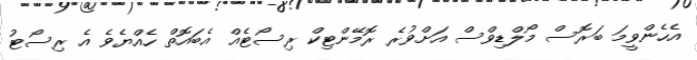
އެހެންވީމަ ބަރޮސް މޯލްޑިވްސް އަށްވުރެ ރޮމޭންޓިކް ރިސޯޓެއް އެބައޮތް ހެއްޔެވެ އެ ރިސޯޓު